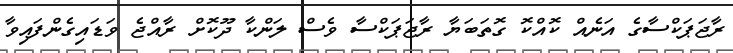
ރާޖަޕަކްސާގެ އަނެއް ކޮއްކޮ ގޮތަބަޔާ ރާޖަޕަކްސާ ވެސް ލަންކާ ދޫކޮށް ރާއްޖެ ވަޑައިގެންފައިވާ